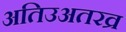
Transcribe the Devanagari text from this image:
अतिउअतरव्र